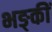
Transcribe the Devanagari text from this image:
भङ्कीं